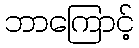
ဘာကြောင့်